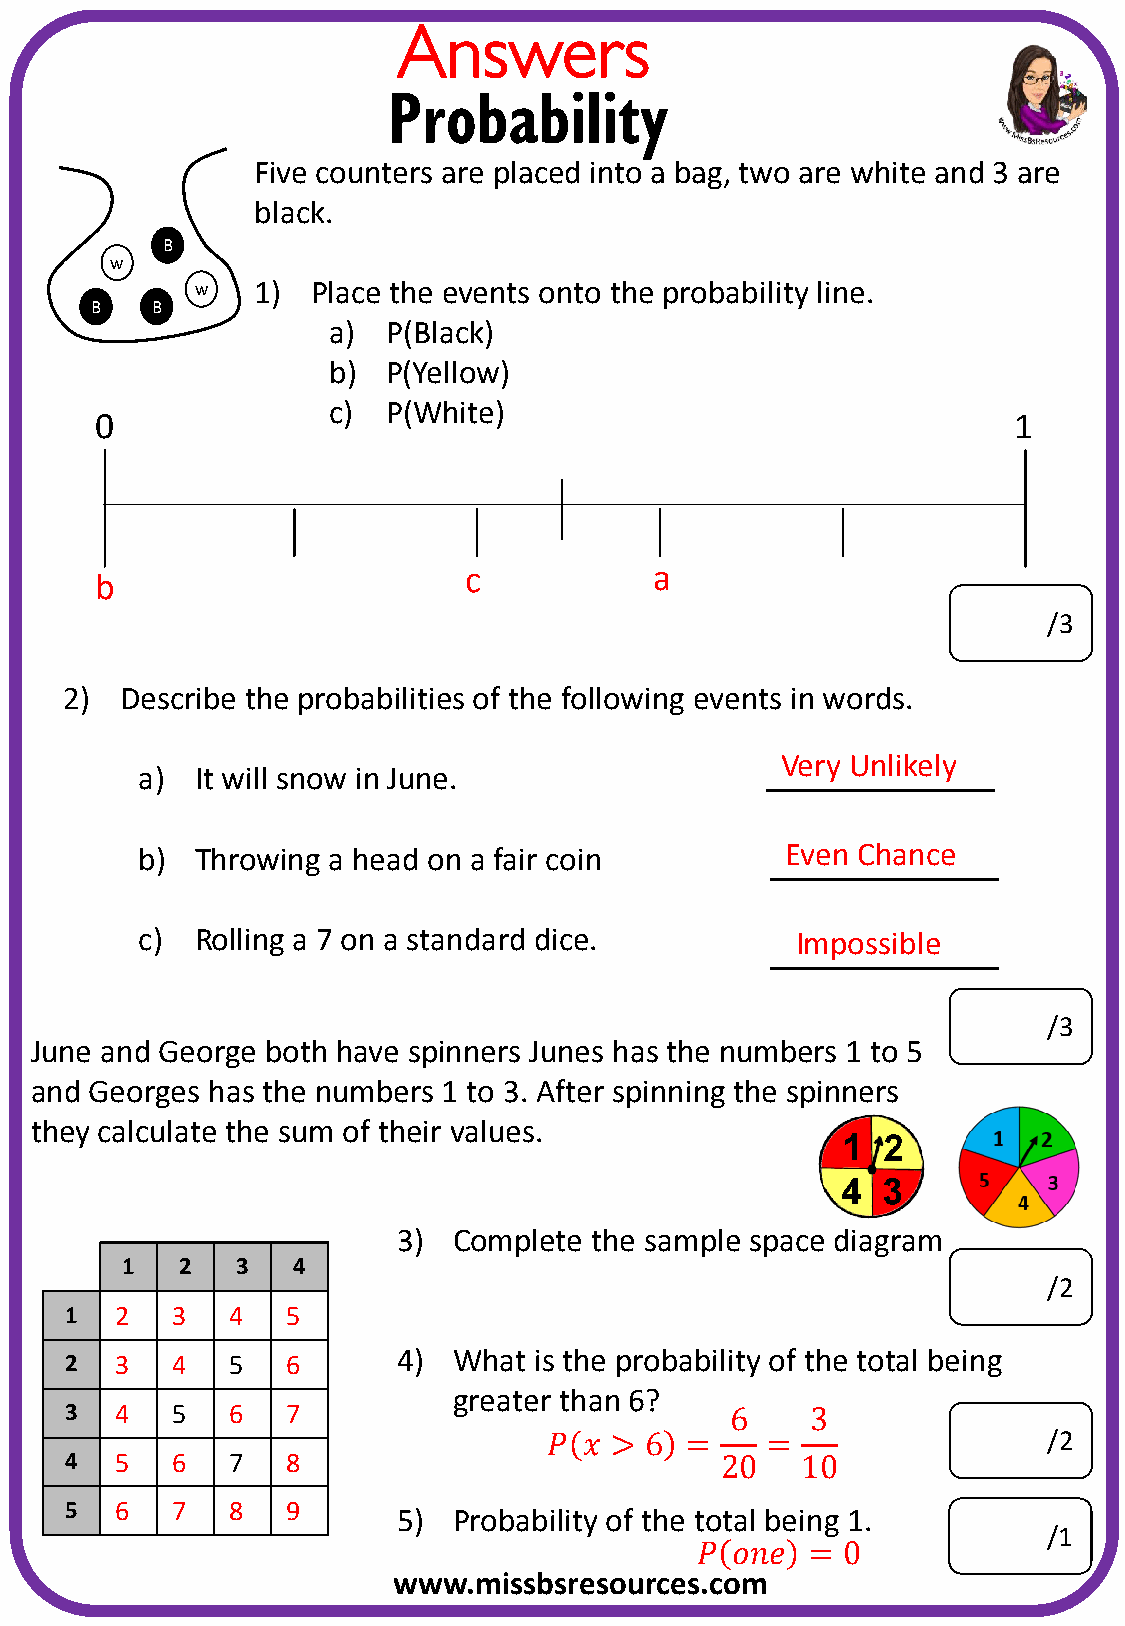
Answers
 Probability
 Five counters are placed into a bag, two are white and 3 are
 black.
 B
 w
 w   1)  Place the events onto the probability line.
 B   B
 a)  P(Black)
 b)  P(Yellow)
 c)  P(White)
 0                                                            1
 c           a
 b
 /3
 2)  Describe the probabilities of the following events in words.
 Very Unlikely
 a)  It will snow in June.
 b)  Throwing a head on a fair coin         Even Chance
 c)  Rolling a 7 on a standard dice.         Impossible
 /3
 June and George both have spinners Junes has the numbers 1 to 5
 and Georges has the numbers 1 to 3. After spinning the spinners
 they calculate the sum of their values.
 3)  Complete the sample space diagram
 1   2   3  4
 /2
 1   2  3   4   5
 4)  What is the probability of the total being
 2   3  4   5   6
 greater than 6?
 3   4  5   6   7                            6     3
 𝑃  𝑥 > 6 =     =                 /2
 4   5  6   7   8                            20   10
 5   6  7   8   9
 5)  Probability of the total being 1.
 /1
 𝑃 𝑜𝑛𝑒   = 0
 www.missbsresources.com